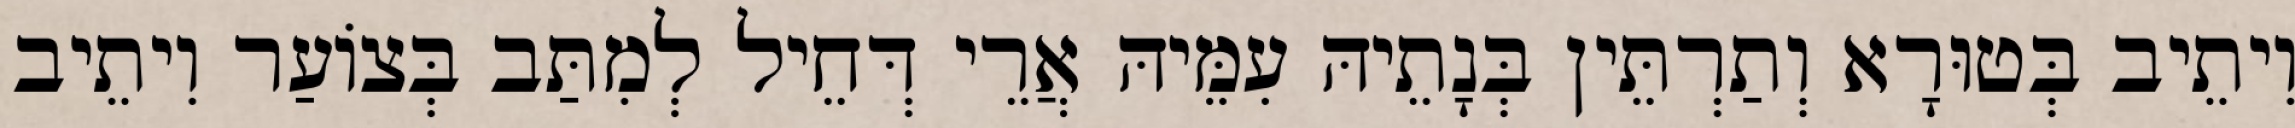
וִיתֵיב בְּטוּרָא וְתַרְתֵּין בְּנָתֵיהּ עִמֵּיהּ אֲרֵי דְּחֵיל לְמִתַּב בְּצוֹעַר וִיתֵיב